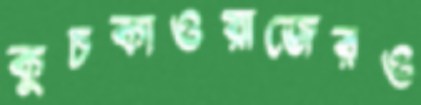
কুচকাওয়াজেরও